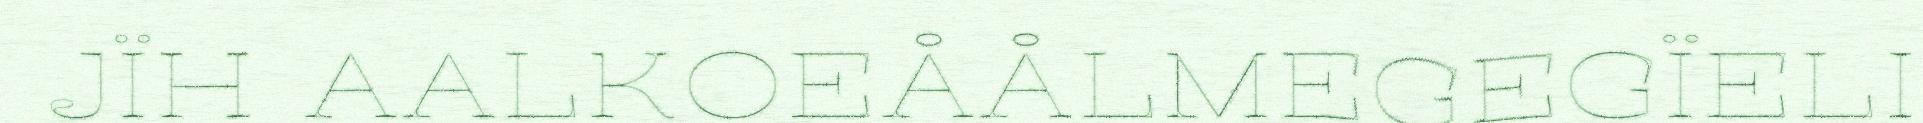
JÏH AALKOEÅÅLMEGEGÏELI